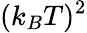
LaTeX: (k_{B}T)^{2}